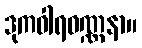
ဒုကဝါရဝဏ္ဏနာ။